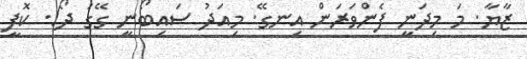
ޒާޔާ. މަ މިދަނީ ފެންވަރަން އިނގޭ. މިއަދު ސައިބޯނީ ގޭގަ ދޯ!. ކޮފީ